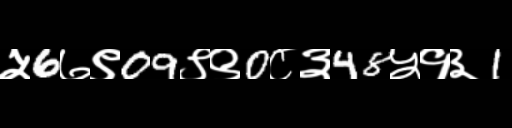
Text: ५6७९09९९0८३48५१३1